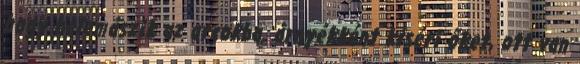
hogy belemászik az arcokba, árnyékként kíséri őket, ott van